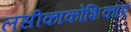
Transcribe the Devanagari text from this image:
लसीकाकोशिकाएं